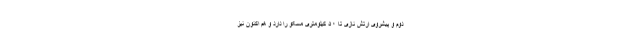
دوم و پیشروی ارتش نازی تا ۵۰ کیلومتری مسکو را دارد و هم اکنون نیز